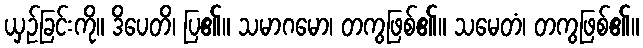
ယှဉ်ခြင်းကို။ ဒိပေတိ၊ ပြ၏။ သမာဂမော၊ တကွဖြစ်၏။ သမေတံ၊ တကွဖြစ်၏။